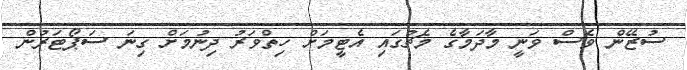
ސުޒޭން ވެސް ވަނީ މާދަމާގެ މެޗުގައި އެޓީމަށް ހިތްވަރު ދިނުމަށް ގިނަ ސަޕޯޓަރުން